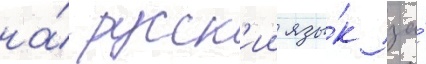
на́ русск'ии язы́к за́